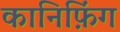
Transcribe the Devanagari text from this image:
कानिफ़िंग